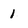
Character: 1